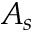
A _ { s }